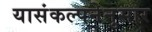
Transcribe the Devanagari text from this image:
यासंकल्पनेनुसार